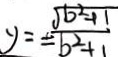
y = \pm \frac { \sqrt { b ^ { 2 } + 1 } } { b ^ { 2 } + 1 }